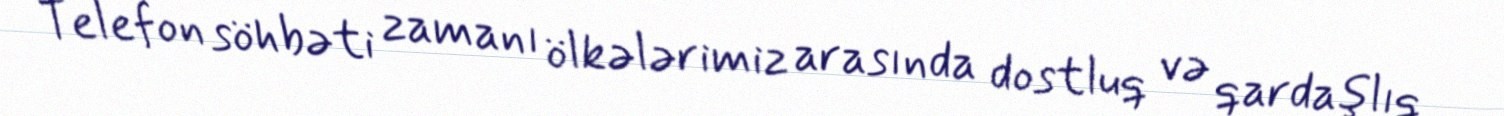
Telefon söhbəti zamanı ölkələrimiz arasında dostluq və qardaşlıq